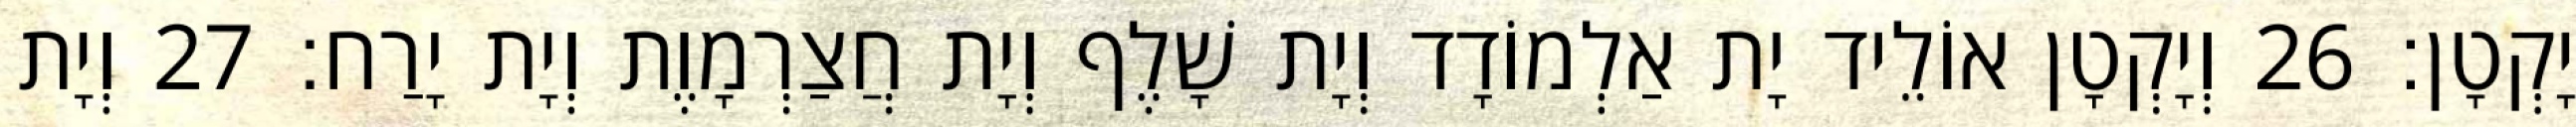
יָקְטָן׃ 26 וְיָקְטָן אוֹלֵיד יָת אַלְמוֹדָד וְיָת שָׁלֶף וְיָת חֲצַרְמָוֶת וְיָת יָרַח׃ 27 וְיָת